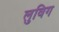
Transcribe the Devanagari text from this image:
लुविग